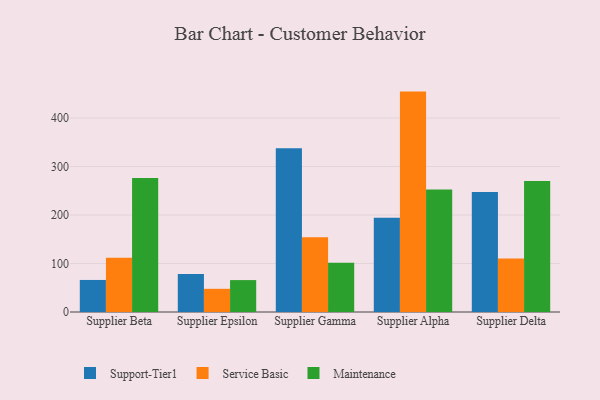
{"axis": {"x": "Supplier", "y": "Energy Usage (MWh)"}, "legend": ["Maintenance", "Service Basic", "Support-Tier1"], "data": [{"x": "Supplier Beta", "y": 66.1, "type": "Support-Tier1"}, {"x": "Supplier Beta", "y": 111.8, "type": "Service Basic"}, {"x": "Supplier Beta", "y": 276.2, "type": "Maintenance"}, {"x": "Supplier Epsilon", "y": 78.3, "type": "Support-Tier1"}, {"x": "Supplier Epsilon", "y": 47.8, "type": "Service Basic"}, {"x": "Supplier Epsilon", "y": 65.8, "type": "Maintenance"}, {"x": "Supplier Gamma", "y": 337.8, "type": "Support-Tier1"}, {"x": "Supplier Gamma", "y": 154.0, "type": "Service Basic"}, {"x": "Supplier Gamma", "y": 101.7, "type": "Maintenance"}, {"x": "Supplier Alpha", "y": 194.4, "type": "Support-Tier1"}, {"x": "Supplier Alpha", "y": 454.5, "type": "Service Basic"}, {"x": "Supplier Alpha", "y": 252.5, "type": "Maintenance"}, {"x": "Supplier Delta", "y": 247.5, "type": "Support-Tier1"}, {"x": "Supplier Delta", "y": 110.3, "type": "Service Basic"}, {"x": "Supplier Delta", "y": 270.3, "type": "Maintenance"}]}